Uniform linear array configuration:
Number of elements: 16
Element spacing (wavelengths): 1
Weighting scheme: hamming
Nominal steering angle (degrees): -30
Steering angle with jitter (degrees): -31.191
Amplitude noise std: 0.05
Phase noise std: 0.05

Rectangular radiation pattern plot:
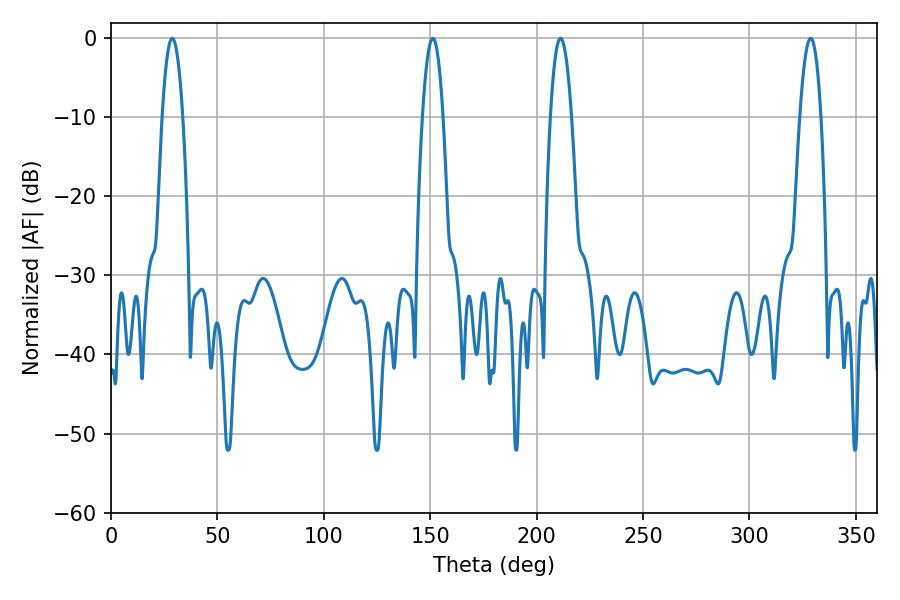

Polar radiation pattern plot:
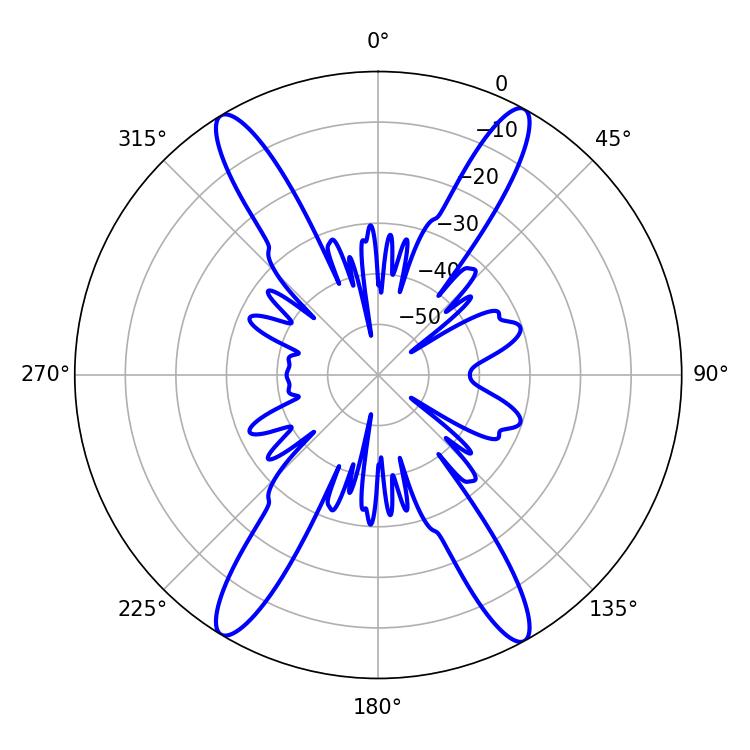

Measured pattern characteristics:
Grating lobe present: TRUE
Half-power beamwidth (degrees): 5.4
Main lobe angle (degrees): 28.8